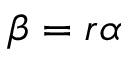
\beta = r \alpha